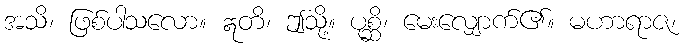
အသိ၊ ဖြစ်ပါသလော။ ဣတိ၊ ဤသို့။ ပုစ္ဆိ၊ မေးလျှောက်၏။ မဟာရာဇ၊